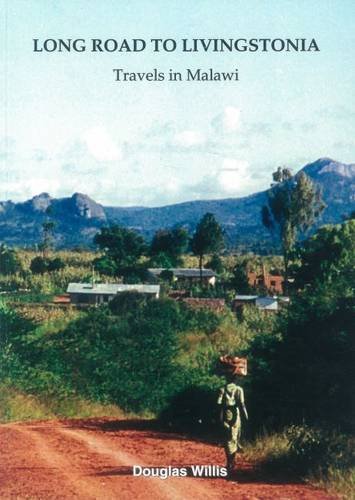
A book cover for Long Road to Livingstonia: Travels in Malawi; Douglas Willis; Travel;